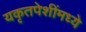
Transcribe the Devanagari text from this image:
यकृतपेशींमध्ये